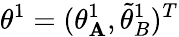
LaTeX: {{\theta}}^{1}=({\theta}_{\mathbf{A}}^{1},\tilde{{\theta}}_{B}^{1})^{T}